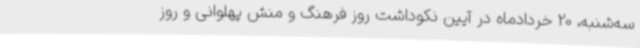
سه‌شنبه، 20 خردادماه در آیین نکوداشت روز فرهنگ و منش پهلوانی و روز